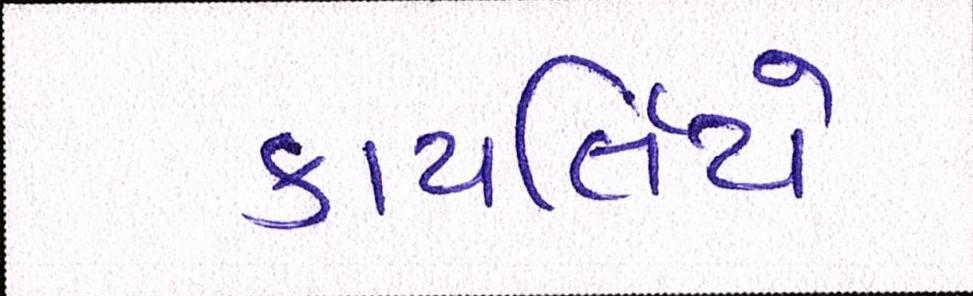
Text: કાયર્લિયે